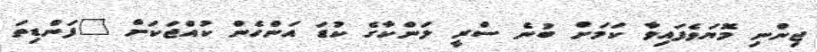
ޖިންނި މޮޔަވެފައިވާ ކަމަށް ބުނެ ސްރީ ލަންކާގެ ކުޑަ އަންހެން ކުއްޖަކަށް "ފަންޑިތަ